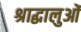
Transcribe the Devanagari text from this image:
श्राद्धालुओं